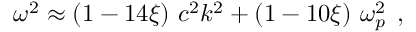
\omega ^ { 2 } \approx \left( 1 - 1 4 \xi \right) \, c ^ { 2 } k ^ { 2 } + \left( 1 - 1 0 \xi \right) \, \omega _ { p } ^ { 2 } \; \, ,